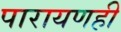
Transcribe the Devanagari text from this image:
पारायणही